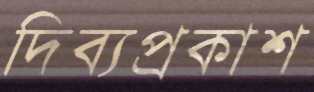
দিব্যপ্রকাশ